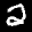
Label: 2